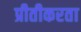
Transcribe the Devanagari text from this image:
प्रीतीकरता